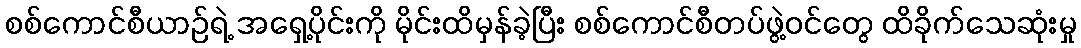
စစ်ကောင်စီယာဉ်ရဲ့ အရှေ့ပိုင်းကို မိုင်းထိမှန်ခဲ့ပြီး စစ်ကောင်စီတပ်ဖွဲ့ဝင်တွေ ထိခိုက်သေဆုံးမှု